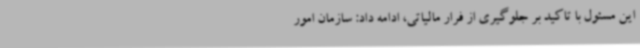
این مسئول با تاکید بر جلوگیری از فرار مالیاتی، ادامه داد: سازمان امور